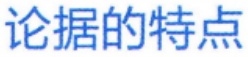
论据的特点